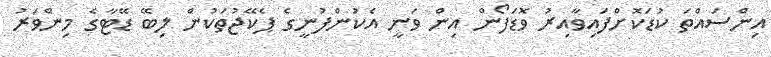
އިންސައްތަ ކުޑަކޮށްފައިވާއިރު ވޮޑަފޯން އިން ވަނީ އެކުންފުނީގެ ޕެކޭޖުތަކުން ލިބޭ ޑޭޓާގެ މިންވަރު